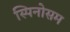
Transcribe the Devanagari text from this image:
स्पिनोसम